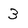
Character: 3